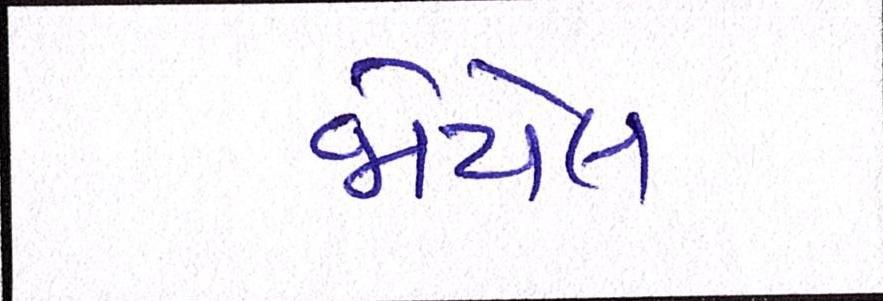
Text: જોયેલ